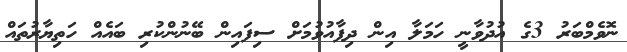
ނޮވެމްބަރު 3ގެ އުދުވާނީ ހަމަލާ އިން ދިފާއުވުމަށް ސިފައިން ބޭނުންކުރި ބައެއް ހަތިޔާރުތައް